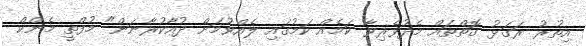
އިތުރު ރަގަޅު ގޮތްތައް މެދުވެރިވާ ކަމެއް ކަމުގައި ލެއްވުމަށް ދުއާކުރާނަން" މުފްތީ މެންކް